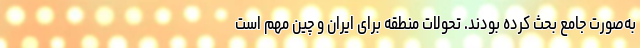
به‌صورت جامع بحث کرده بودند. تحولات منطقه برای ایران و چین مهم است